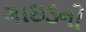
ગાઇડની